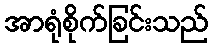
အာရုံစိုက်ခြင်းသည်